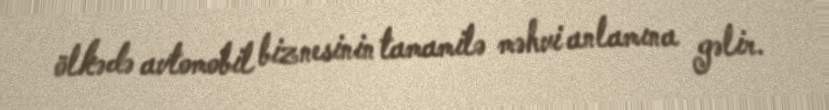
ölkədə avtomobil biznesinin tamamilə məhvi anlamına gəlir.